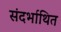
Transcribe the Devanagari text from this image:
संदर्भाथित